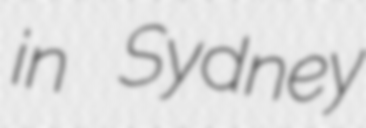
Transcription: in Sydney